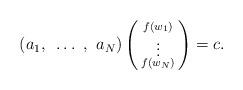
LaTeX: \begin{align*}(a_1,~\ldots~,~a_N)\left(\begin{smallmatrix}f(w_1)\\ \vdots \\ f(w_N)\end{smallmatrix}\right)=c.\end{align*}